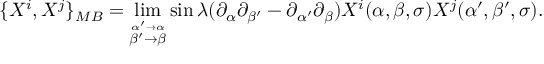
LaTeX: \{ X ^ { i } , X ^ { j } \} _ { M B } = \operatorname * { l i m } _ { \stackrel { \alpha ^ { \prime } \to \alpha } { \beta ^ { \prime } \to \beta } } \sin \lambda ( \partial _ { \alpha } \partial _ { \beta ^ { \prime } } - \partial _ { \alpha ^ { \prime } } \partial _ { \beta } ) X ^ { i } ( \alpha , \beta , \sigma ) X ^ { j } ( \alpha ^ { \prime } , \beta ^ { \prime } , \sigma ) .